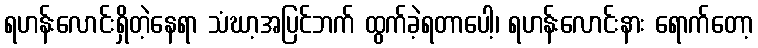
ရဟန်းလောင်းရှိတဲ့နေရာ သံဃာ့အပြင်ဘက် ထွက်ခဲ့ရတာပေါ့၊ ရဟန်းလောင်းနား ရောက်တော့